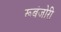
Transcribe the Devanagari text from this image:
रूबंजोरी